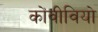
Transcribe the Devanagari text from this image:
कोंवीवियो